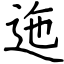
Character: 迤